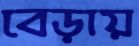
বেড়ায়